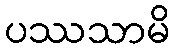
ပဿသာမိ